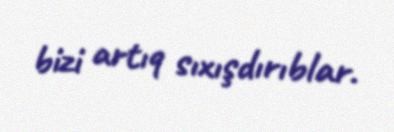
bizi artıq sıxışdırıblar.